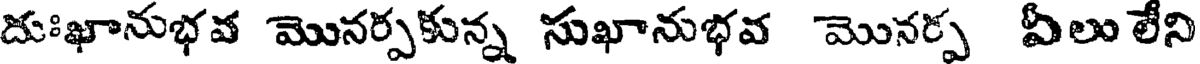
దుఃఖానుభవ మొనర్పకున్న సుఖానుభవ మొనర్ప వీలు లేని